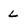
Character: L